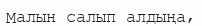
Малын салып алдыңа,